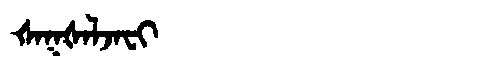
Manchu: ᡧᠠᡴᡧᠠᠯᠵᠠᠸᡳ
Romanization: ŠAKŠALJAFI